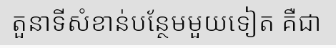
តួនាទីសំខាន់បន្ថែមមួយទៀត គឺជា